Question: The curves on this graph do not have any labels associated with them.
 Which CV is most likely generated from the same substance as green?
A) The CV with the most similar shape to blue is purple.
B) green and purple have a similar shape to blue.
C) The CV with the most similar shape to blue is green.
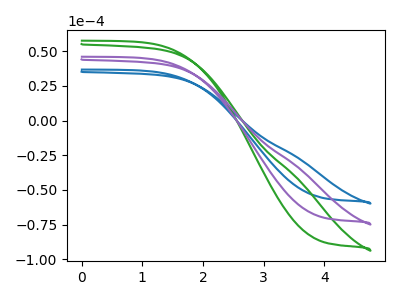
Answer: <think>The blue curve "blue" has no peaks. The green curve "green" has no peaks. The purple curve "purple" has no peaks.
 Neither "blue" or "green" have any peaks. Neither "blue" or "purple" have any peaks. Neither "green" or "purple" have any peaks.</think>
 <answer>B) "green" and "purple" have a similar shape to "blue".</answer>
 <eval>B</eval>